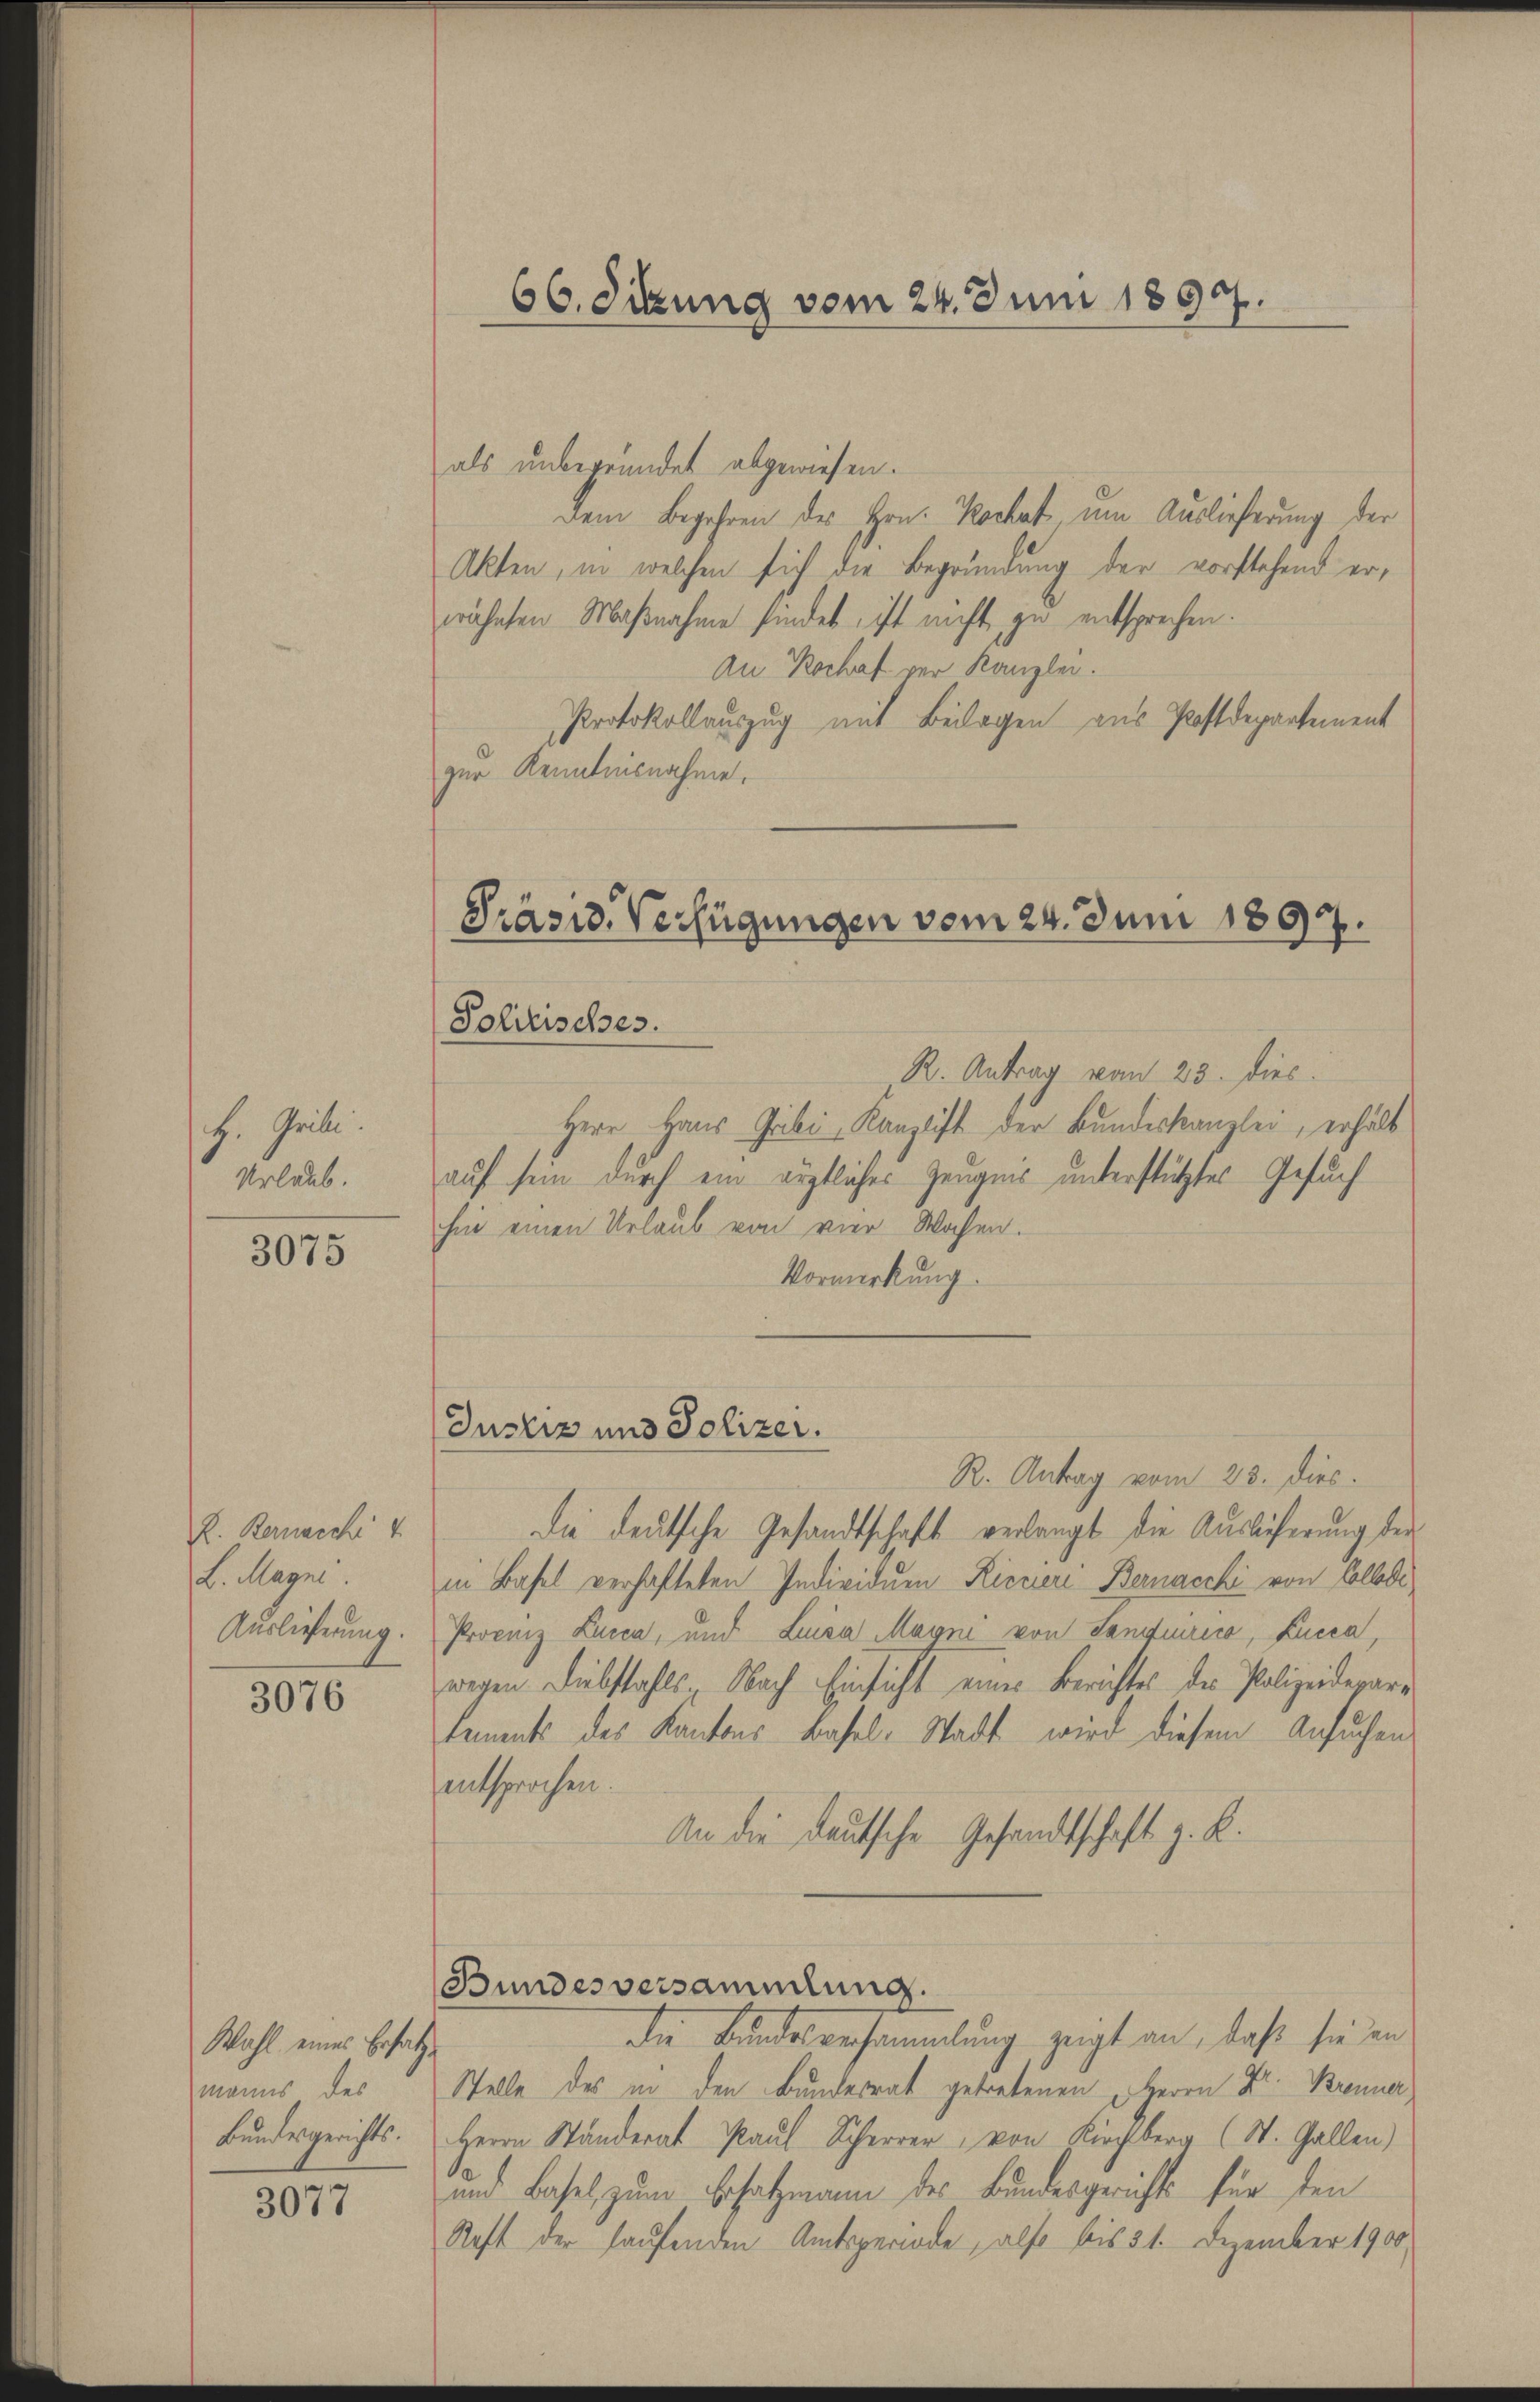
H. Grili.
Urlaub.

3075

E. Bernasch 4
L. Magni
Auslieferung.

3076

Wahl eines Ersatz
manns des
Bundesgerichts.

3077

als unbegründet abgewiesen.
Dem Begehren des Hrn. Kochat um Auslieferung der
Akten, in welchen sich die Begründung der vorstehend er,
wähnten Maßnahme findet, ist nicht zu entsprechen.
An Kochaf vor Kanzlei.
Protokollauszug mit Beilagen aus Postdepartement
zur Kenntnisnahme.

R. Antrag vom 23. dies
Herr Haus Gribi, Kanzlist der Bundeskanzlei, erhält
auf sein durch ein ärztliches Zeugnis unterstütztes Gesuch
hin einen Urlaub von vier Wochen.
Vormerkung.

66. Sitzung vom 24. Juni 1890.

Präsid. Verfügungen vom 24. Juni 1897.
Politisches.

Justiz und Polizei.

de Bundesversammlung zeigt an, daß sie in
Stelle des in den Bundesrat getretenen Herrn Dr. Brenner,
Herrn Ständerat Paul Scherrer, von Kirchberg (St. Gallen)
und Basel zum Ersatzmann des Bundesgerichts für den
Raft der laufenden Amtsperiode, also bis 31. Dezember 1900,

Bundesversammlung.

R. Antrag vom 23. dies.
die deutsche Gesandtschaft verlangt die Auslieferung der
in Basel verhafteten Individuen Ricciere Bernaschi von Colbde
Procenz Lucca, und Luisa Magni von Sanirica, Lucca,
wegen Diebstahls Nach Einsicht eines Berichtes der Polizeideparatements des Kantons Basel-Stadt wird diesem Ansuchen
entsprochen.
An die deutsche Gesandtschaft z. R.